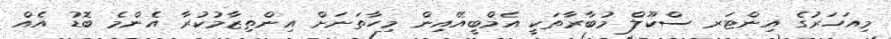
މިއަހަރުގެ އިންޓަރ ސްކޫލް މުބާރާތަކީ އެމްބީއޭއިން މިހާތަނަށް އިންތިޒާމުކުރާ އެންމެ ބޮޑު އެއް